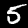
Digit: 5